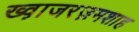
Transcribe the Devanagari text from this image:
ख्व़ाजरज़मशाह